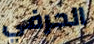
الحرفي